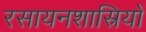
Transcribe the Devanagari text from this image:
रसायनशास्रियों